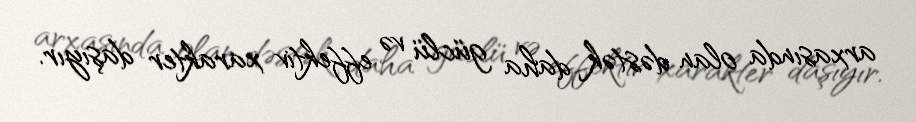
arxasında olan dəstək daha güclü və effektiv xarakter daşıyır.